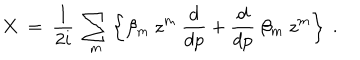
LaTeX: X \ = \ { \frac { 1 } { 2 i } } \ \sum _ { m } \left\{ \beta _ { m } \ z ^ { m } \ { \frac { d } { d p } } + { \frac { d } { d p } } \ \beta _ { m } \ z ^ { m } \right\} \ .